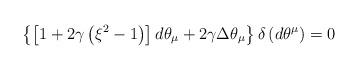
LaTeX: \begin{align*}\left\{ \left[ 1+2\gamma\left( \xi^{2}-1\right) \right] d\theta_{\mu}+2\gamma\Delta\theta_{\mu}\right\} \delta\left( d\theta^{\mu}\right)=0 \end{align*}